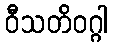
ဝီသတိဝဂ္ဂါ